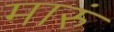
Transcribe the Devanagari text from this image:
मारुं